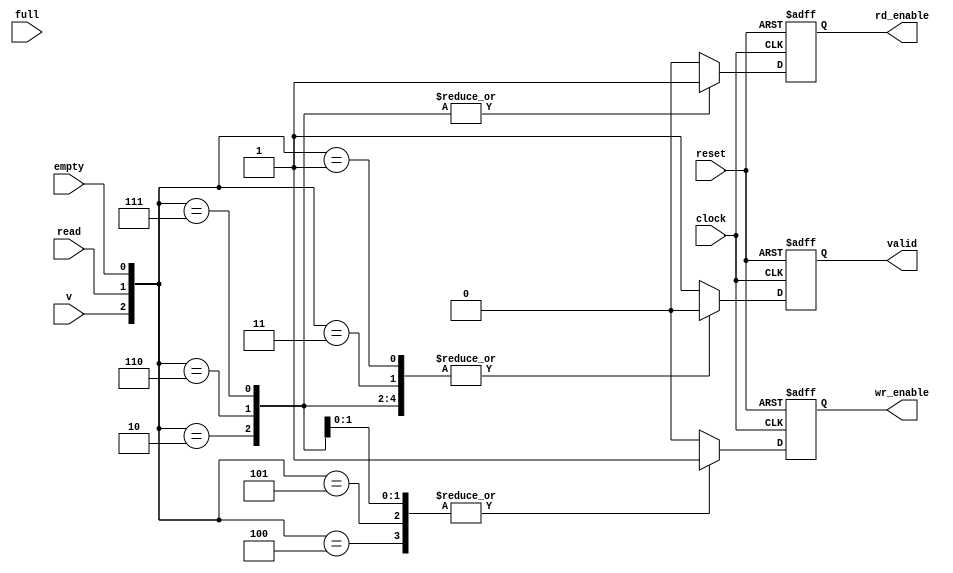
`timescale 1 ns / 10 ps
module controller (v,clock,reset,full,empty,read,valid,wr_enable,rd_enable);
input v, clock, reset, read, full, empty;   // Input
output wr_enable,rd_enable,valid; 	// Output	
reg wr_enable,rd_enable,valid;				


always@(posedge clock or negedge reset) begin
	
	if (reset == 0) begin
		wr_enable = 1'b0;
		rd_enable = 1'b0;
		valid = 1'b1;
		end

	else begin
		valid=1'b1;
		rd_enable=1'b0;
		wr_enable=1'b0;
		case({v,read,empty})

		3'b010:
		begin
		rd_enable = 1'b1;
		wr_enable=1'b0;
		valid = 1'b0;
		end

		3'b011:
		begin
		rd_enable = 1'b0;
		wr_enable=1'b0;
		valid = 1'b0;
		end

		3'b100:
		begin
		rd_enable = 1'b0;
		wr_enable=1'b1;
		valid = 1'b1;
		end

		3'b101:
		begin
		rd_enable = 1'b0;
		wr_enable=1'b1;
		valid = 1'b1;
		end

		3'b110:
		begin
		rd_enable = 1'b1;
		wr_enable=1'b1;
		valid = 1'b0;
		end

		3'b111:
		begin
		rd_enable = 1'b1;
		wr_enable=1'b1;		
		valid = 1'b0;
		end

		3'b001:
		begin
		rd_enable = 1'b0;
		wr_enable=1'b0;
		valid= 1'b0;
		end

		default:
		begin
		valid=1'b1;
		wr_enable=1'b0;
		rd_enable=1'b0;
		end
		endcase
	end
end 
endmodule